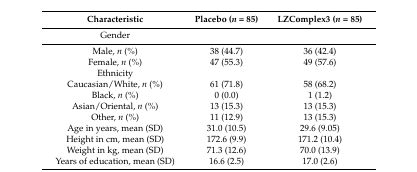
| Characteristic | Placebo (n = 85) | LZComplex3 (n = 85) |
 | --- | --- | --- |
 | Gender |  |  |
 | Male, n (%) | 38 (44.7) | 36 (42.4) |
 | Female, n (%) | 47 (55.3) | 49 (57.6) |
 | Ethnicity |  |  |
 | Caucasian/White, n (%) | 61 (71.8) | 58 (68.2) |
 | Black, n (%) | 0 (0.0) | 1 (1.2) |
 | Asian/Oriental, n (%) | 13 (15.3) | 13 (15.3) |
 | Other, n (%) | 11 (12.9) | 13 (15.3) |
 | Age in years, mean (SD) | 31.0 (10.5) | 29.6 (9.05) |
 | Height in cm, mean (SD) | 172.6 (9.9) | 171.2 (10.4) |
 | Weight in kg, mean (SD) | 71.3 (12.6) | 70.0 (13.9) |
 | Years of education, mean (SD) | 16.6 (2.5) | 17.0 (2.6) |